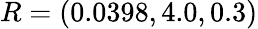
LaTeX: R=(0.0398,4.0,0.3)